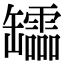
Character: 𦉢